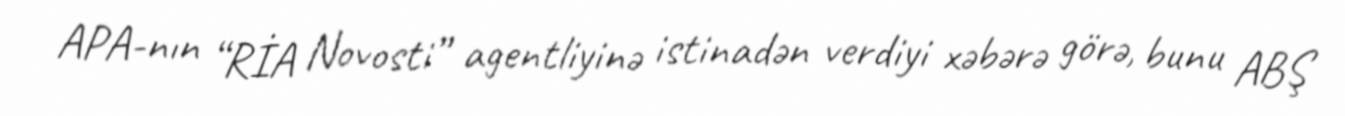
APA-nın “RİA Novosti” agentliyinə istinadən verdiyi xəbərə görə, bunu ABŞ